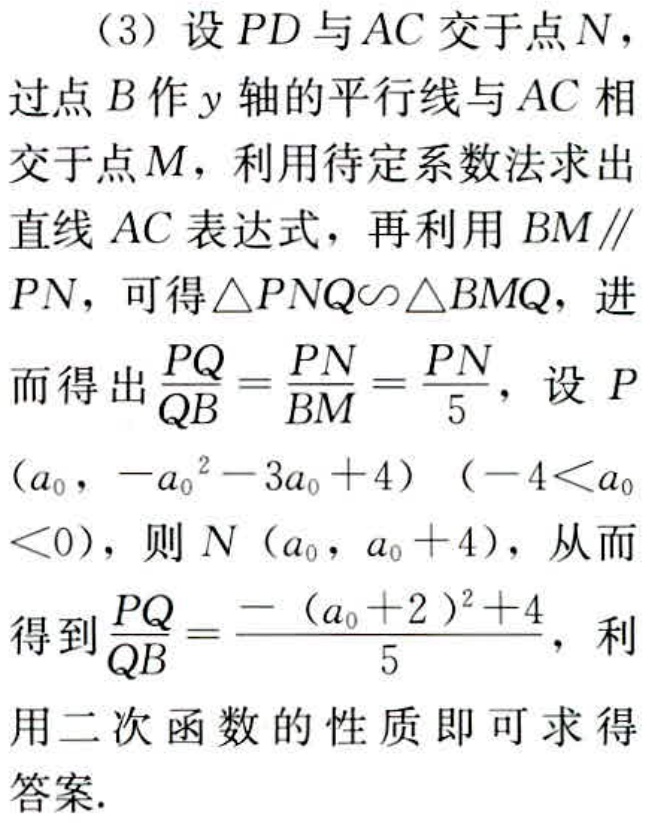
（3）设 \(PD\) 与 \(AC\) 交于点 \(N\)，过点 \(B\) 作 \(y\) 轴的平行线与 \(AC\) 相交于点 \(M\)，利用待定系数法求出直线 \(AC\) 表达式，再利用 \(BM\parallel PN\)，可得 \(\triangle PNQ\sim\triangle BMQ\)，进而得出 \(\frac{PQ}{QB}=\frac{PN}{BM}=\frac{PN}{5}\)，设 \(P(a_{0}, -a_{0}^{2}-3a_{0}+4)\)（\(-4 < a_{0}<0\)），则 \(N(a_{0}, a_{0}+4)\)，从而得到 \(\frac{PQ}{QB}=\frac{-(a_{0}+2)^{2}+4}{5}\)，利用二次函数的性质即可求得答案.